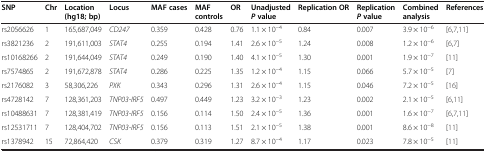
<table><thead><tr><td><b>SNP</b></td><td><b>Chr</b></td><td><b>Location (hg18; bp)</b></td><td><b>Locus</b></td><td><b>MAF cases</b></td><td><b>MAF controls</b></td><td><b>OR</b></td><td><b>Unadjusted<i>P</i>value</b></td><td><b>Replication OR</b></td><td><b>Replication<i>P</i>value</b></td><td><b>Combined analysis</b></td><td><b>References</b></td></tr></thead><tbody><tr><td>rs2056626</td><td>1</td><td>165,687,049</td><td><i>CD247</i></td><td>0.359</td><td>0.428</td><td>0.76</td><td>1.1 × 10<sup>−4</sup></td><td>0.84</td><td>0.007</td><td>3.9 × 10<sup>−6</sup></td><td>[6,7,11]</td></tr><tr><td>rs3821236</td><td>2</td><td>191,611,003</td><td><i>STAT4</i></td><td>0.255</td><td>0.194</td><td>1.41</td><td>2.6 × 10<sup>−5</sup></td><td>1.24</td><td>0.008</td><td>1.2 × 10<sup>−6</sup></td><td>[6,7]</td></tr><tr><td>rs10168266</td><td>2</td><td>191,644,049</td><td><i>STAT4</i></td><td>0.249</td><td>0.190</td><td>1.40</td><td>4.1 × 10<sup>−5</sup></td><td>1.30</td><td>0.001</td><td>1.9 × 10<sup>−7</sup></td><td>[11]</td></tr><tr><td>rs7574865</td><td>2</td><td>191,672,878</td><td><i>STAT4</i></td><td>0.286</td><td>0.225</td><td>1.35</td><td>1.2 × 10<sup>−4</sup></td><td>1.15</td><td>0.066</td><td>5.7 × 10<sup>−5</sup></td><td>[7]</td></tr><tr><td>rs2176082</td><td>3</td><td>58,306,226</td><td><i>PXK</i></td><td>0.343</td><td>0.296</td><td>1.31</td><td>2.6 × 10<sup>−4</sup></td><td>1.15</td><td>0.046</td><td>7.2 × 10<sup>−5</sup></td><td>[16]</td></tr><tr><td>rs4728142</td><td>7</td><td>128,361,203</td><td><i>TNP03-IRF5</i></td><td>0.497</td><td>0.449</td><td>1.23</td><td>3.2 × 10<sup>−3</sup></td><td>1.23</td><td>0.002</td><td>2.1 × 10<sup>−5</sup></td><td>[6,11]</td></tr><tr><td>rs10488631</td><td>7</td><td>128,381,419</td><td><i>TNP03-IRF5</i></td><td>0.156</td><td>0.114</td><td>1.50</td><td>2.4 × 10<sup>−5</sup></td><td>1.36</td><td>0.001</td><td>1.6 × 10<sup>−7</sup></td><td>[6,7,11]</td></tr><tr><td>rs12531711</td><td>7</td><td>128,404,702</td><td><i>TNP03-IRF5</i></td><td>0.156</td><td>0.113</td><td>1.51</td><td>2.1 × 10<sup>−5</sup></td><td>1.38</td><td>0.001</td><td>8.6 × 10<sup>−8</sup></td><td>[11]</td></tr><tr><td>rs1378942</td><td>15</td><td>72,864,420</td><td><i>CSK</i></td><td>0.379</td><td>0.319</td><td>1.27</td><td>8.7 × 10<sup>−4</sup></td><td>1.17</td><td>0.023</td><td>7.8 × 10<sup>−5</sup></td><td>[11]</td></tr></tbody></table>